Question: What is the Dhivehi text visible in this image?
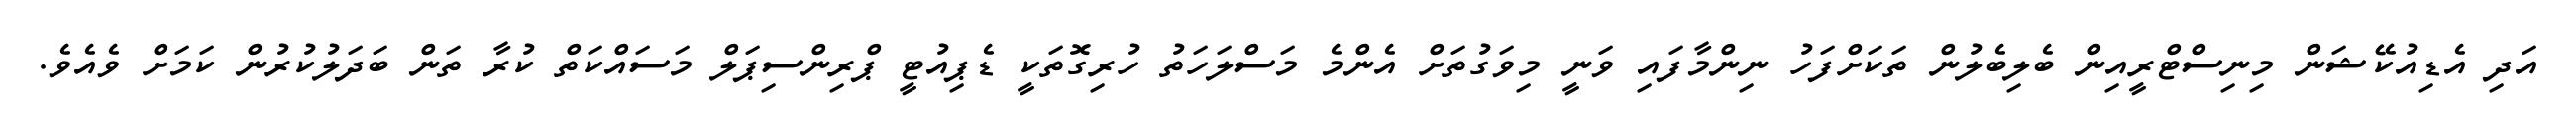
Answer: އަދި އެޑިއުކޭޝަން މިނިސްޓްރީއިން ބެލިބެލުން ތަކަށްފަހު ނިންމާފައި ވަނީ މިވަގުތަށް އެންމެ މަސްލަހަތު ހުރިގޮތަކީ ޑެޕިއުޓީ ޕްރިންސިޕަލް މަސައްކަތް ކުރާ ތަން ބަދަލުކުރުން ކަމަށް ވެއެވެ.